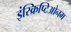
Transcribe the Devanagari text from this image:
इंस्क्रिप्टिओनम